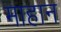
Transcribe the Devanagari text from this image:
माहान